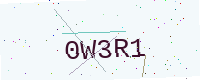
Text: 0W3R1